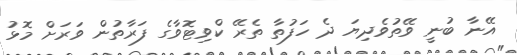
އޭނާ ބުނީ ވޭތުވެދިޔަ ދެ ހަފުތާ ތެރޭ ކްވިޓޮވާގެ ފަރާތުން ވަރަށް މޮޅު